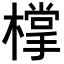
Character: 𣛟